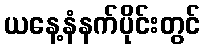
ယနေ့နံနက်ပိုင်းတွင်